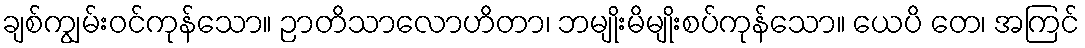
ချစ်ကျွမ်းဝင်ကုန်သော။ ဉာတိသာလောဟိတာ၊ ဘမျိုးမိမျိုးစပ်ကုန်သော။ ယေပိ တေ၊ အကြင်